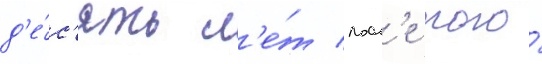
д'е́с'ять л'е́т посл'е того́